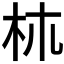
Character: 𣏕